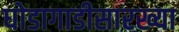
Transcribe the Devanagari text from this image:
घोडागाडीसारख्या